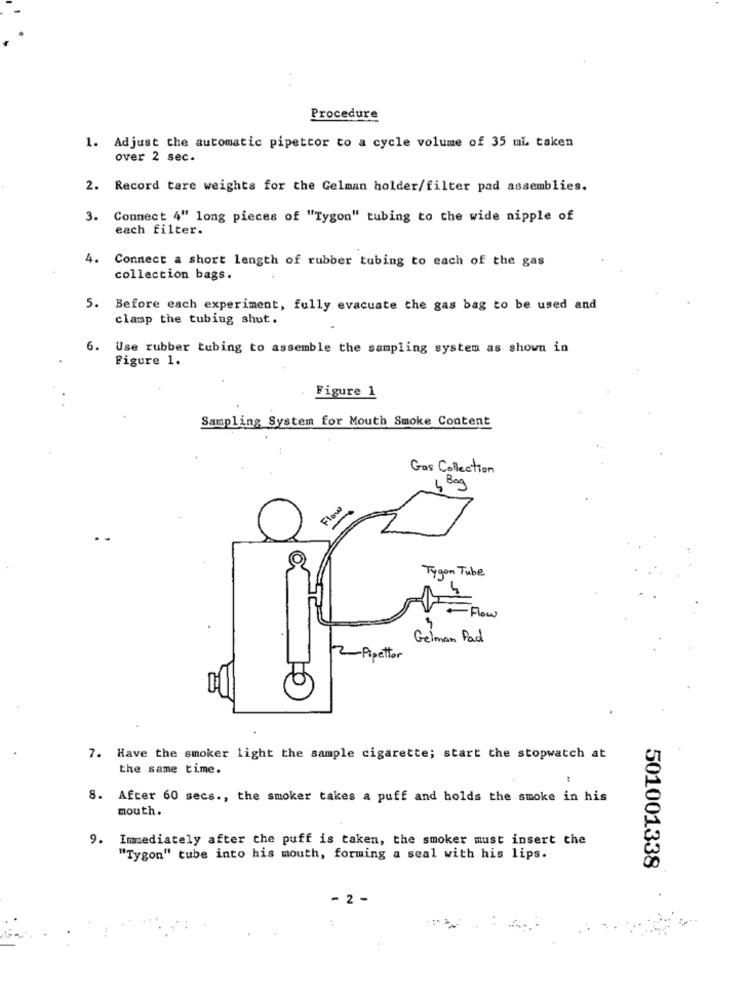
Procedure
1. Adjust the automatic pipetcor to a cycle volume of 35 mL taken
over 2 sec.
2. Record tare weights for the Gelman holder/filter pad assemblies.
3. Connect 4" long pieces of "Tygon" tubing to the wide nipple of
each filter.
4. Connect a short length of rubber tubing to each of the gas
collection bags.
5. Before each experiment, fully evacuate the gas bag to be used and
clamp the tubing shut.
6.
Use rubber tubing to assemble the sampling system as shown in
Figure 1.
Figure 1
Sampling System for Mouth Smoke Content
Gas Collection
1 Bag
Flow
Tygon Tube
- Flow
Gelman Pad
petto
7. Have the smoker light the sample cigarette; start the stopwatch at
the same time.
8. After 60 secs ., the smoker takes a puff and holds the smoke in his
mouth.
Immediately after the puff is taken, the smoker must insert the
"Tygon" tube into his mouth, forming a seal with his lips.
501001338
- 2 -